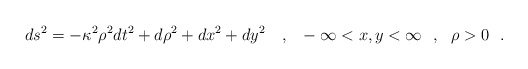
\begin{align*}ds^2=-\kappa^2\rho^2 dt^2 +d\rho^2+dx^2+dy^2{}~~~,~~-\infty <x,y<\infty~~,~~\rho > 0~~.\end{align*}